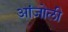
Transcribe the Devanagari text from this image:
आंजोली